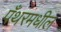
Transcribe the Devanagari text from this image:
पँथरमधील